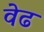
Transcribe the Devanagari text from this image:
वेढ